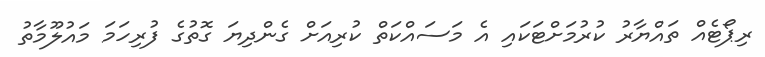
ރިޕޯޓެއް ތައްޔާރު ކުރުމަށްޓަކައި އެ މަސައްކަތް ކުރިއަށް ގެންދިޔަ ގޮތުގެ ފުރިހަމަ މައުލޫމާތު